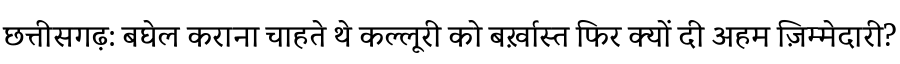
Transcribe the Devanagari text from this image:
छत्तीसगढ़: बघेल कराना चाहते थे कल्लूरी को बर्ख़ास्त फिर क्यों दी अहम ज़िम्मेदारी?